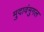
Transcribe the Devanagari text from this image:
मुदावंमुगल